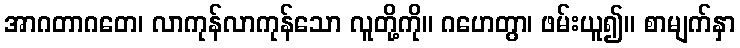
အာဂတာဂတေ၊ လာကုန်လာကုန်သော လူတို့ကို။ ဂဟေတွာ၊ ဖမ်းယူ၍။ စာမျက်နှာ